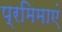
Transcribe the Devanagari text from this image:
प्रमिमाएं